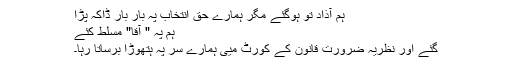
ہم آذاد تو ہوگئے مگر ہمارے حق انتخاب پہ بار بار ڈاکہ پڑا
ہم پہ " آقا" مسلط کئے
گئے اور نظریہ ضرورت قانون کے کورٹ میی ہمارے سر پہ ہتھوڑا برساتا رہا۔